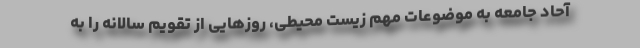
آحاد جامعه به موضوعات مهم زیست محیطی، روزهایی از تقویم سالانه را به